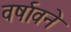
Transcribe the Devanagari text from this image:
वर्षावने